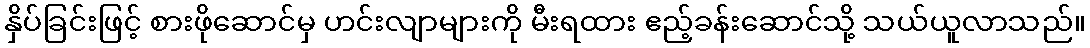
နှိပ်ခြင်းဖြင့် စားဖိုဆောင်မှ ဟင်းလျာများကို မီးရထား ဧည့်ခန်းဆောင်သို့ သယ်ယူလာသည်။